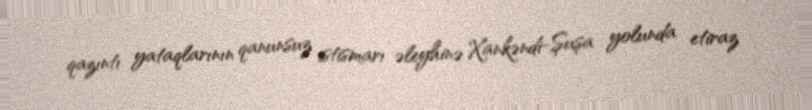
qazıntı yataqlarının qanunsuz istismarı əleyhinə Xankəndi-Şuşa yolunda etiraz